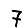
Digit: 7